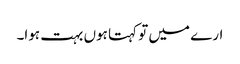
ارے میں تو کہتا ہوں بہت ہوا۔